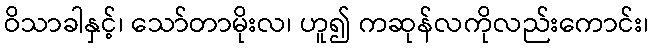
ဝိသာခါနှင့်၊ သော်တာမိုးလ၊ ဟူ၍ ကဆုန်လကိုလည်းကောင်း၊